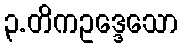
၃.တိကဥဒ္ဒေသော